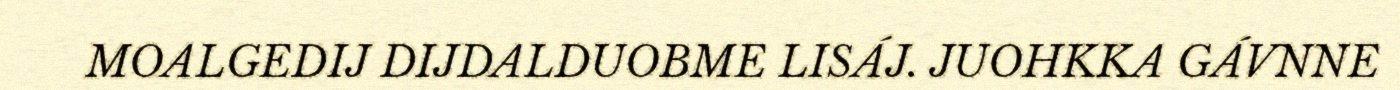
MOALGEDIJ DIJDALDUOBME LISÁJ. JUOHKKA GÁVNNE